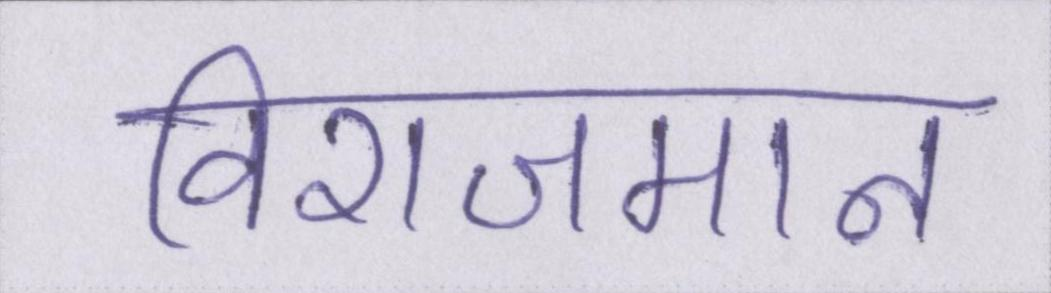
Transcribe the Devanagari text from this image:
विराजमान